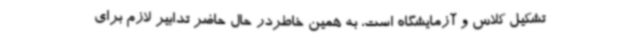
تشکیل کلاس و آزمایشگاه است، به همین خاطردر حال حاضر تدابیر لازم برای